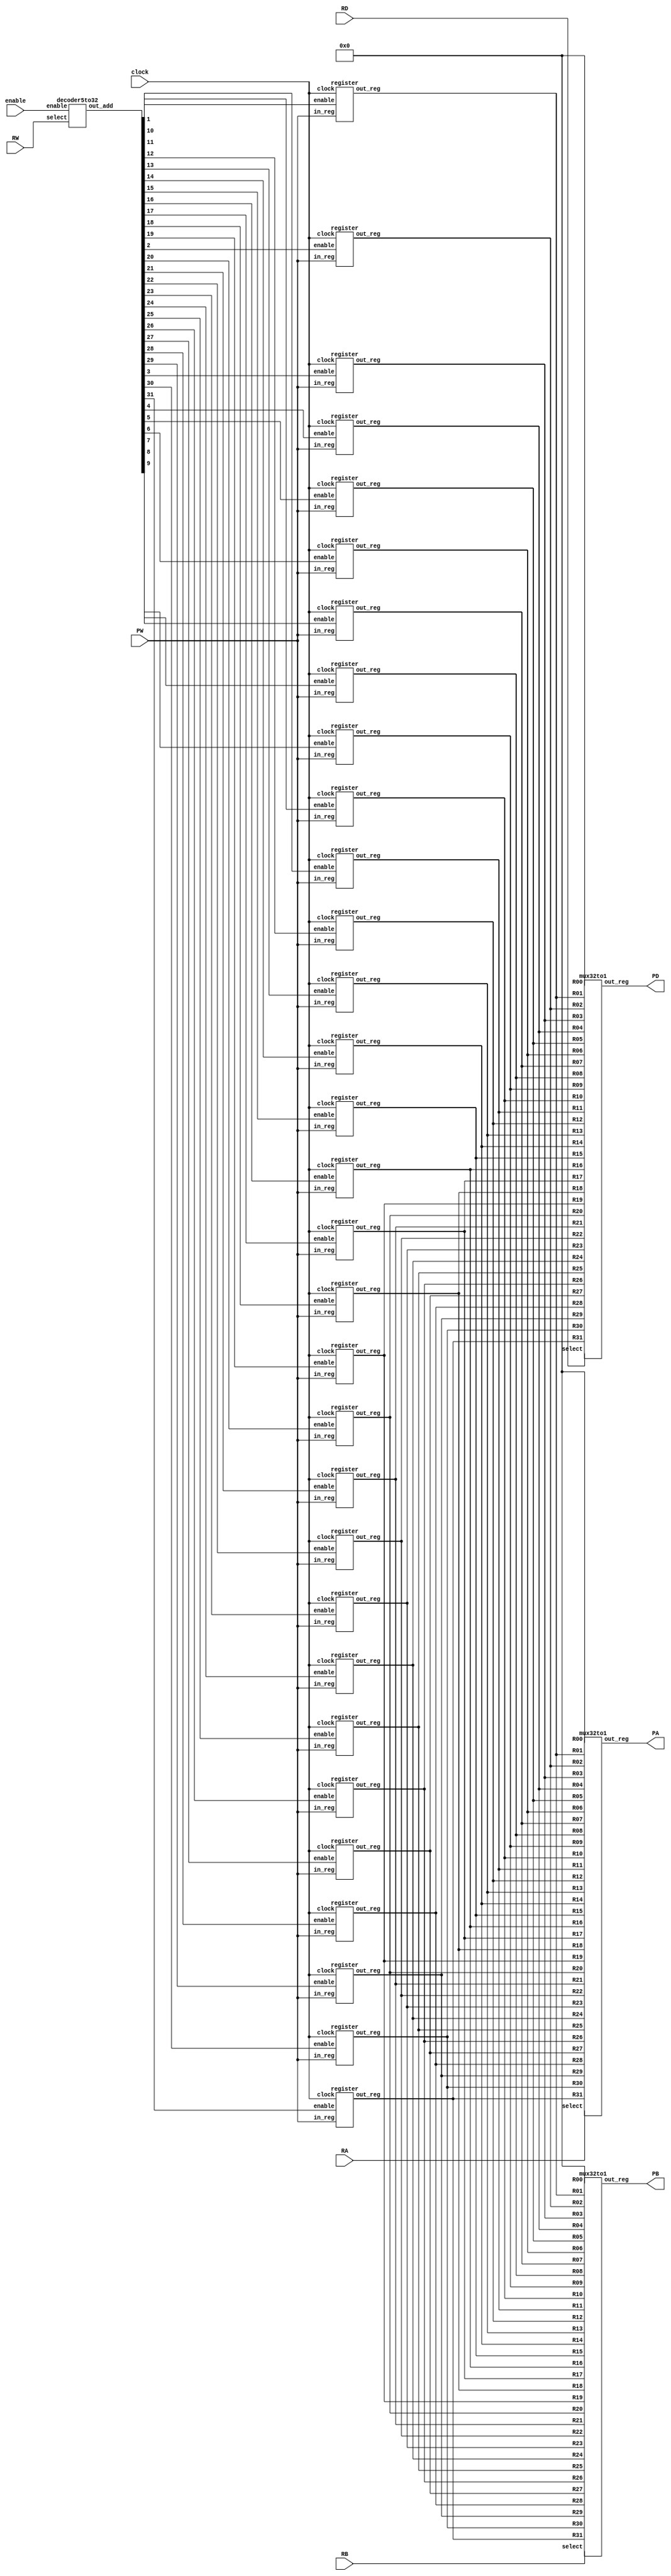


module register_file(clock, enable, RW, PW, RA, PA, RB, PB, RD, PD);

    input clock, enable;

    //mux
    input [31:0] PW;
    input [4:0] RW, RA, RB, RD;
    output wire [31:0] PA, PB, PD; 

    //register
    wire [31:0] Rout0, Rout1, Rout2, Rout3, Rout4, Rout5, Rout6, Rout7;
    wire [31:0] Rout8, Rout9, Rout10, Rout11, Rout12, Rout13, Rout14, Rout15;
    wire [31:0] Rout16, Rout17, Rout18, Rout19, Rout20, Rout21, Rout22, Rout23; 
    wire [31:0] Rout24, Rout25, Rout26, Rout27, Rout28, Rout29, Rout30, Rout31;
    wire [31:0] out_decoder;

    //to write
    decoder5to32 D01(enable, RW, out_decoder);
    
    //registers
    register R0(clock, out_decoder[0], PW, Rout0);
    register R1(clock, out_decoder[1], PW, Rout1);
    register R2(clock, out_decoder[2], PW, Rout2);
    register R3(clock, out_decoder[3], PW, Rout3);
    register R4(clock, out_decoder[4], PW, Rout4);
    register R5(clock, out_decoder[5], PW, Rout5);
    register R6(clock, out_decoder[6], PW, Rout6);
    register R7(clock, out_decoder[7], PW, Rout7);

    register R8(clock, out_decoder[8], PW, Rout8);
    register R9(clock, out_decoder[9], PW, Rout9);
    register R10(clock, out_decoder[10], PW, Rout10);
    register R11(clock, out_decoder[11], PW, Rout11);
    register R12(clock, out_decoder[12], PW, Rout12);
    register R13(clock, out_decoder[13], PW, Rout13);
    register R14(clock, out_decoder[14], PW, Rout14);
    register R15(clock, out_decoder[15], PW, Rout15);

    register R16(clock, out_decoder[16], PW, Rout16);
    register R17(clock, out_decoder[17], PW, Rout17);
    register R18(clock, out_decoder[18], PW, Rout18);
    register R19(clock, out_decoder[19], PW, Rout19);
    register R20(clock, out_decoder[20], PW, Rout20);
    register R21(clock, out_decoder[21], PW, Rout21);
    register R22(clock, out_decoder[22], PW, Rout22);
    register R23(clock, out_decoder[23], PW, Rout23);

    register R24(clock, out_decoder[24], PW, Rout24);
    register R25(clock, out_decoder[25], PW, Rout25);
    register R26(clock, out_decoder[26], PW, Rout26);
    register R27(clock, out_decoder[27], PW, Rout27);
    register R28(clock, out_decoder[28], PW, Rout28);
    register R29(clock, out_decoder[29], PW, Rout29);
    register R30(clock, out_decoder[30], PW, Rout30);
    register R31(clock, out_decoder[31], PW, Rout31);

    //multiplexers
    mux32to1 M01(RA, 32'b0, Rout1, Rout2, Rout3, Rout4, Rout5, Rout6, Rout7, Rout8, Rout9, Rout10,
             Rout11, Rout12, Rout13, Rout14, Rout15, Rout16, Rout17, Rout18, Rout19, Rout20, 
             Rout21, Rout22, Rout23, Rout24, Rout25, Rout26, Rout27, Rout28, Rout29, Rout30,
             Rout31, PA);
    
    mux32to1 M02(RB, 32'b0, Rout1, Rout2, Rout3, Rout4, Rout5, Rout6, Rout7, Rout8, Rout9, Rout10,
             Rout11, Rout12, Rout13, Rout14, Rout15, Rout16, Rout17, Rout18, Rout19, Rout20, 
             Rout21, Rout22, Rout23, Rout24, Rout25, Rout26, Rout27, Rout28, Rout29, Rout30,
             Rout31, PB);

    mux32to1 M03(RD, 32'b0, Rout1, Rout2, Rout3, Rout4, Rout5, Rout6, Rout7, Rout8, Rout9, Rout10,
             Rout11, Rout12, Rout13, Rout14, Rout15, Rout16, Rout17, Rout18, Rout19, Rout20, 
             Rout21, Rout22, Rout23, Rout24, Rout25, Rout26, Rout27, Rout28, Rout29, Rout30,
             Rout31, PD);

endmodule




module mux32to1(select, R00, R01, R02, R03, R04, 
            R05, R06, R07, R08, R09, R10,
            R11, R12, R13, R14, R15, R16,
            R17, R18, R19, R20, R21, R22,
            R23, R24, R25, R26, R27, R28,
            R29, R30, R31, out_reg);
    
input  [4:0]  select;
input  [31:0] R01, R02, R03, R04, R05, R06, R07, R08;
input  [31:0] R09, R10, R11, R12, R13, R14, R15, R16;
input  [31:0] R17, R18, R19, R20, R21, R22, R23, R24;
input  [31:0] R25, R26, R27, R28, R29, R30, R31, R00; 
     
output reg [31:0]  out_reg;

always @(*) 
    begin
        case(select)
            5'b00000: out_reg = R00;
            5'b00001: out_reg = R01;
            5'b00010: out_reg = R02;
            5'b00011: out_reg = R03;
            5'b00100: out_reg = R04;
            5'b00101: out_reg = R05;
            5'b00110: out_reg = R06;
            5'b00111: out_reg = R07;
            5'b01000: out_reg = R08;
            5'b01001: out_reg = R09;
            5'b01010: out_reg = R10;
            5'b01011: out_reg = R11;
            5'b01100: out_reg = R12;
            5'b01101: out_reg = R13;
            5'b01110: out_reg = R14;
            5'b01111: out_reg = R15;

            5'b10000: out_reg = R16;
            5'b10001: out_reg = R17;
            5'b10010: out_reg = R18;
            5'b10011: out_reg = R19;
            5'b10100: out_reg = R20;
            5'b10101: out_reg = R21;
            5'b10110: out_reg = R22;
            5'b10111: out_reg = R23;
            5'b11000: out_reg = R24;
            5'b11001: out_reg = R25;
            5'b11010: out_reg = R26;
            5'b11011: out_reg = R27;
            5'b11100: out_reg = R28;
            5'b11101: out_reg = R29;
            5'b11110: out_reg = R30;
            5'b11111: out_reg = R31;            
                
            endcase
    end

endmodule



module decoder5to32(enable, select, out_add);
    input           enable;
    input   [4:0]   select;
    output reg [31:0]  out_add;
 
always @(*) 
    begin
    if (enable) 
        begin
            case(select)
                5'b00000: out_add = 32'b0000_0000_0000_0000_0000_0000_0000_0001;
                5'b00001: out_add = 32'b0000_0000_0000_0000_0000_0000_0000_0010;
                5'b00010: out_add = 32'b0000_0000_0000_0000_0000_0000_0000_0100;
                5'b00011: out_add = 32'b0000_0000_0000_0000_0000_0000_0000_1000;
                5'b00100: out_add = 32'b0000_0000_0000_0000_0000_0000_0001_0000;
                5'b00101: out_add = 32'b0000_0000_0000_0000_0000_0000_0010_0000;
                5'b00110: out_add = 32'b0000_0000_0000_0000_0000_0000_0100_0000;
                5'b00111: out_add = 32'b0000_0000_0000_0000_0000_0000_1000_0000;
                5'b01000: out_add = 32'b0000_0000_0000_0000_0000_0001_0000_0000;
                5'b01001: out_add = 32'b0000_0000_0000_0000_0000_0010_0000_0000;
                5'b01010: out_add = 32'b0000_0000_0000_0000_0000_0100_0000_0000;
                5'b01011: out_add = 32'b0000_0000_0000_0000_0000_1000_0000_0000;
                5'b01100: out_add = 32'b0000_0000_0000_0000_0001_0000_0000_0000;
                5'b01101: out_add = 32'b0000_0000_0000_0000_0010_0000_0000_0000;
                5'b01110: out_add = 32'b0000_0000_0000_0000_0100_0000_0000_0000;
                5'b01111: out_add = 32'b0000_0000_0000_0000_1000_0000_0000_0000;
                
                5'b10000: out_add = 32'b0000_0000_0000_0001_0000_0000_0000_0000;
                5'b10001: out_add = 32'b0000_0000_0000_0010_0000_0000_0000_0000;
                5'b10010: out_add = 32'b0000_0000_0000_0100_0000_0000_0000_0000;
                5'b10011: out_add = 32'b0000_0000_0000_1000_0000_0000_0000_0000;
                5'b10100: out_add = 32'b0000_0000_0001_0000_0000_0000_0000_0000;
                5'b10101: out_add = 32'b0000_0000_0010_0000_0000_0000_0000_0000;
                5'b10110: out_add = 32'b0000_0000_0100_0000_0000_0000_0000_0000;
                5'b10111: out_add = 32'b0000_0000_1000_0000_0000_0000_0000_0000;
                5'b11000: out_add = 32'b0000_0001_0000_0000_0000_0000_0000_0000;
                5'b11001: out_add = 32'b0000_0010_0000_0000_0000_0000_0000_0000;
                5'b11010: out_add = 32'b0000_0100_0000_0000_0000_0000_0000_0000;
                5'b11011: out_add = 32'b0000_1000_0000_0000_0000_0000_0000_0000;
                5'b11100: out_add = 32'b0001_0000_0000_0000_0000_0000_0000_0000;
                5'b11101: out_add = 32'b0010_0000_0000_0000_0000_0000_0000_0000;
                5'b11110: out_add = 32'b0100_0000_0000_0000_0000_0000_0000_0000;
                5'b11111: out_add = 32'b1000_0000_0000_0000_0000_0000_0000_0000;
            endcase
        end
    else
        out_add = 32'b0000_0000_0000_0000_0000_0000_0000_0000;
    end

endmodule



module register(clock, enable, in_reg, out_reg);
    input clock, enable;
    input   [31:0] in_reg;
    output reg [31:0] out_reg;

    always@(posedge clock)
            if(enable)
                out_reg <= in_reg;
endmodule